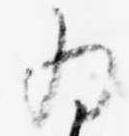
為